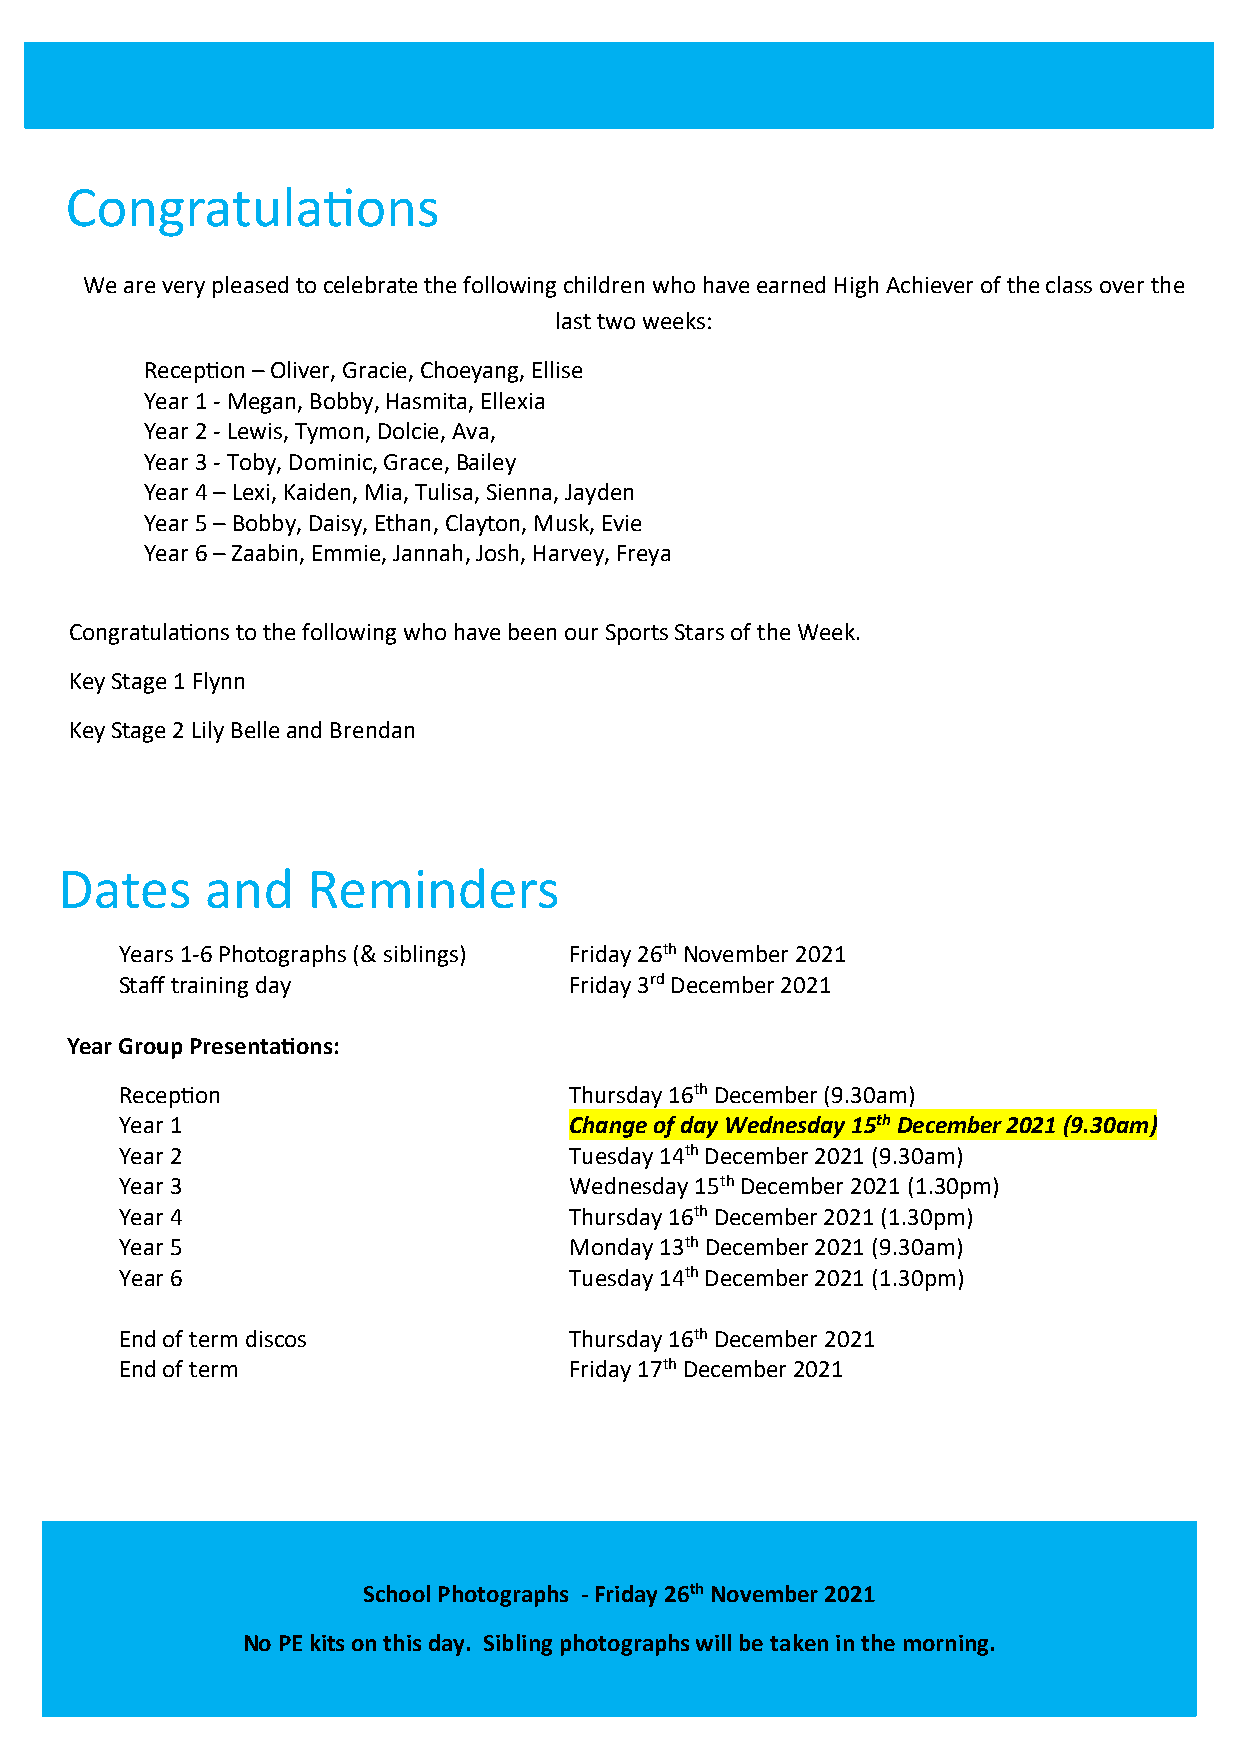
Congratulations
 We are very pleased to celebrate the following children who have earned High Achiever of the class over the
 last two weeks:
 Reception – Oliver, Gracie, Choeyang, Ellise
 Year 1 - Megan, Bobby, Hasmita, Ellexia
 Year 2 - Lewis, Tymon, Dolcie, Ava,
 Year 3 - Toby, Dominic, Grace, Bailey
 Year 4 – Lexi, Kaiden, Mia, Tulisa, Sienna, Jayden
 Year 5 – Bobby, Daisy, Ethan, Clayton, Musk, Evie
 Year 6 – Zaabin, Emmie, Jannah, Josh, Harvey, Freya
 Congratulations to the following who have been our Sports Stars of the Week.
 Key Stage 1 Flynn
 Key Stage 2 Lily Belle and Brendan
 Dates     and   Reminders
 Years 1-6 Photographs (& siblings) Friday 26th November 2021
 Staff training day            Friday 3rd December 2021
 Year Group Presentations:
 Reception                     Thursday 16th December (9.30am)
 Year 1                        Change of day Wednesday 15th December 2021 (9.30am)
 Year 2                        Tuesday 14th December 2021 (9.30am)
 Year 3                        Wednesday 15th December 2021 (1.30pm)
 Year 4                        Thursday 16th December 2021 (1.30pm)
 Year 5                        Monday 13th December 2021 (9.30am)
 Year 6                        Tuesday 14th December 2021 (1.30pm)
 End of term discos            Thursday 16th December 2021
 End of term                   Friday 17th December 2021
 School Photographs - Friday 26th November 2021
 No PE kits on this day. Sibling photographs will be taken in the morning.